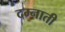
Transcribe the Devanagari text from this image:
दम्नाती